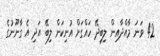
42 ވަނަ މާއްދާއިން ލިބިދޭ ހައްގަށް އުނިކަން ލިބޭ އަދި އެ ގާނޫނުގެ